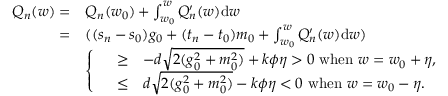
\begin{array} { r l } { Q _ { n } ( w ) = } & { Q _ { n } ( w _ { 0 } ) + \int _ { w _ { 0 } } ^ { w } Q _ { n } ^ { \prime } ( w ) \mathrm { d } w } \\ { = } & { ( ( s _ { n } - s _ { 0 } ) g _ { 0 } + ( t _ { n } - t _ { 0 } ) m _ { 0 } + \int _ { w _ { 0 } } ^ { w } Q _ { n } ^ { \prime } ( w ) \mathrm { d } w ) } \\ & { \left\{ \begin{array} { r c l } & { \geq } & { - d \sqrt { 2 ( g _ { 0 } ^ { 2 } + m _ { 0 } ^ { 2 } ) } + k \phi \eta > 0 \mathrm { ~ w h e n ~ } w = w _ { 0 } + \eta , } \\ & { \leq } & { d \sqrt { 2 ( g _ { 0 } ^ { 2 } + m _ { 0 } ^ { 2 } ) } - k \phi \eta < 0 \mathrm { ~ w h e n ~ } w = w _ { 0 } - \eta . } \end{array} \right. } \end{array}